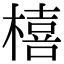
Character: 橲